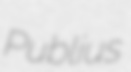
Publius